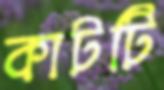
কাটটি